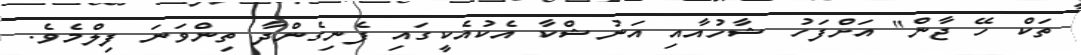
ތަކް ހޭ ޖާން" އަށްފަހު ޝާހުއާއި އަނުޝްކާ އެކުއެކީގައި ފެނިގެންދާ ތިންވަނަ ފިލްމެވެ.